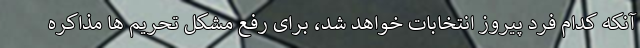
آنکه کدام فرد پیروز انتخابات خواهد شد، برای رفع مشکل تحریم ها مذاکره